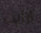
ارأيت